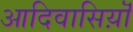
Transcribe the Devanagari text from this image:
आदिवासिय़ॊं